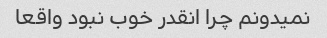
نمیدونم چرا انقدر خوب نبود واقعا